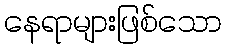
နေရာများဖြစ်သော